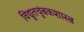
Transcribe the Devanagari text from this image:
विद्युतचुंबकशास्त्र